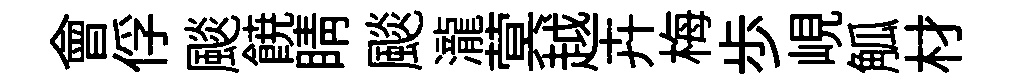
會俘颷𩜙睛颷瀧蓂越卉梅歩峴觚材